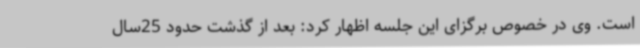
است. وی در خصوص برگزای این جلسه‌ اظهار کرد: بعد از گذشت حدود 25سال